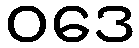
ဝဒေ